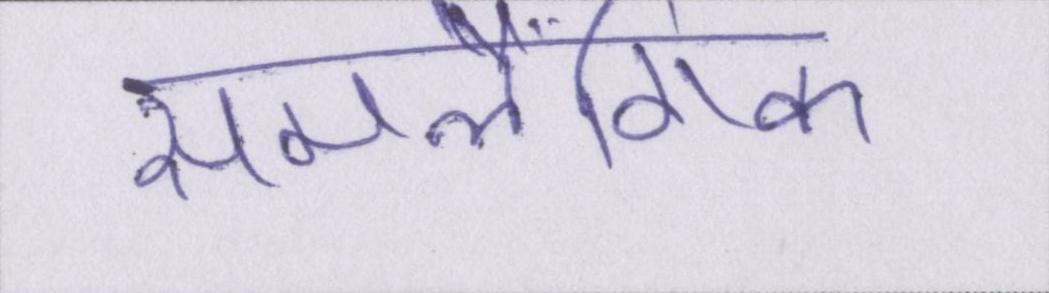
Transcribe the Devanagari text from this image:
समलैंगिक